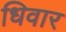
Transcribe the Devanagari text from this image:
धिवार